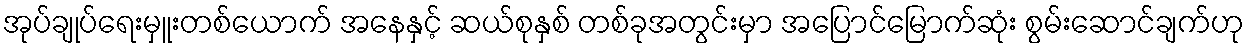
အုပ်ချုပ်ရေးမှူးတစ်ယောက် အနေနှင့် ဆယ်စုနှစ် တစ်ခုအတွင်းမှာ အပြောင်မြောက်ဆုံး စွမ်းဆောင်ချက်ဟု